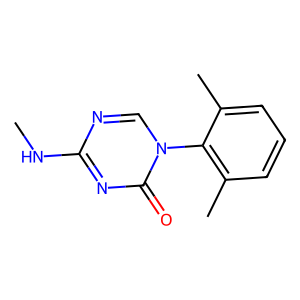
SMILES: CNc1ncn(-c2c(C)cccc2C)c(=O)n1
Inhibits HIV replication: No